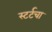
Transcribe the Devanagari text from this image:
स्टर्टचा